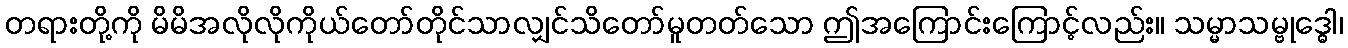
တရားတို့ကို မိမိအလိုလိုကိုယ်တော်တိုင်သာလျှင်သိတော်မူတတ်သော ဤအကြောင်းကြောင့်လည်း။ သမ္မာသမ္ဗုဒ္ဓေါ၊